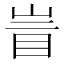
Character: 𰥙